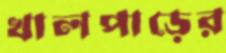
খালপাড়ের